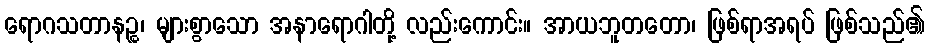
ရောဂသတာနဉ္စ၊ များစွာသော အနာရောဂါတို့ လည်းကောင်း။ အာယဘူတတော၊ ဖြစ်ရာအရပ် ဖြစ်သည်၏